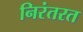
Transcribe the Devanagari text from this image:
निरंतरत